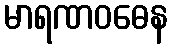
မာရဏဝဓေန